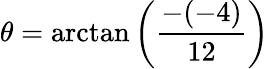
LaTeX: \theta=\arctan\left({\frac{-(-4)}{12}}\right)